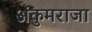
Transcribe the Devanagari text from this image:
अंकुमराजा